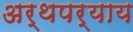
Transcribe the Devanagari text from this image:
अर्थपर्याय